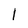
Character: l